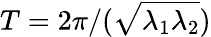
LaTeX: T=2{\pi}/({\sqrt{\lambda_{1}\lambda_{2}}})